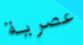
عصرية